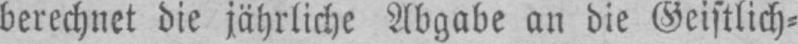
berechnet die jährliche Abgabe an die Geistlich⸗